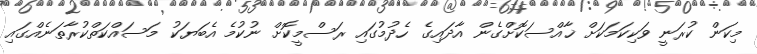
މިކަން ކުރަނީ ވަކިކަމަކަށް ޚާއްސަކޮށްގެން އާދައިގެ ހެދުމުގައި ރަސްމީކޮށް ނުކުމެ އެބަޔަކު މަސައްކަތްކުރާތަނެއްގައި